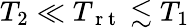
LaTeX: T_{2}\ll T_{\mathrm{~r~t~}}\lesssim T_{1}